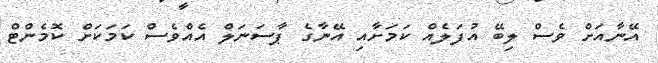
އޭނާއަށް ވެސް ލިބޭ އުފަލެއް ކަމަށާއި އޭނާގެ ޕާސަނަލް އެއްވެސް ކަމަކަށް ކޮމެންޓް